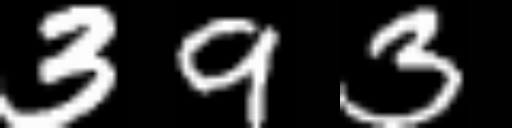
Text: 393